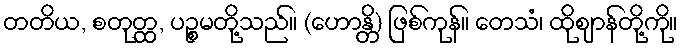
တတိယ, စတုတ္ထ, ပဉ္စမတို့သည်။ (ဟောန္တိ) ဖြစ်ကုန်။ တေသံ၊ ထိုဈာန်တို့ကို။